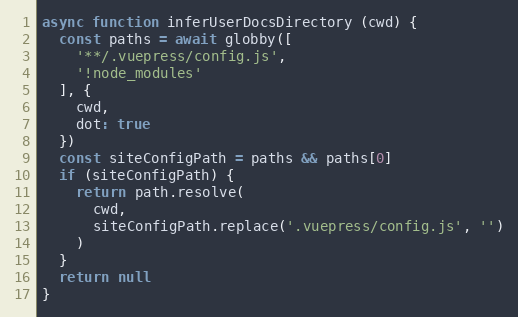
Language: JavaScript
async function inferUserDocsDirectory (cwd) {
  const paths = await globby([
    '**/.vuepress/config.js',
    '!node_modules'
  ], {
    cwd,
    dot: true
  })
  const siteConfigPath = paths && paths[0]
  if (siteConfigPath) {
    return path.resolve(
      cwd,
      siteConfigPath.replace('.vuepress/config.js', '')
    )
  }
  return null
}